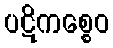
ပဋိကစ္စေဝ